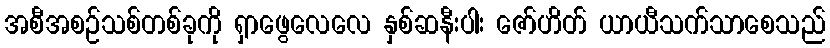
အစီအစဉ်သစ်တစ်ခုကို ရှာဖွေလေလေ နှစ်ဆနီးပါး ဇော်ဟိတ် ယာယီသက်သာစေသည်